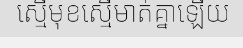
ស្មើមុខស្មើមាត់គ្នាឡើយ